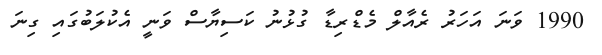
1990 ވަނަ އަހަރު ރެއާލް މެޑްރިޑާ ގުޅުނު ކަސިޔާސް ވަނީ އެކުލަބުގައި ގިނަ